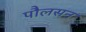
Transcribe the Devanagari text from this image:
पौलसन